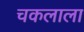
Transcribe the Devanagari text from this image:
चकलाला